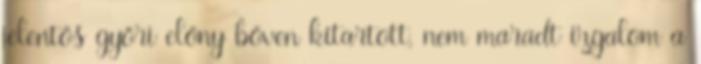
jelentős győri előny bőven kitartott, nem maradt izgalom a